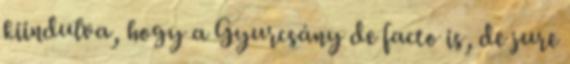
kiindulva, hogy a Gyurcsány de facto is, de jure